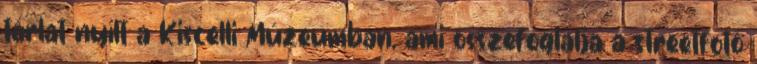
tárlat nyílt a Kiscelli Múzeumban, ami összefoglalja a streetfotó